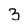
Character: 3